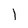
Character: l